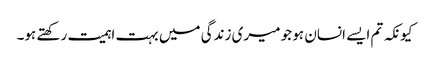
کیونکہ تم ایسے انسان ہو جو میری زندگی میں بہت اہمیت رکھتے ہو۔